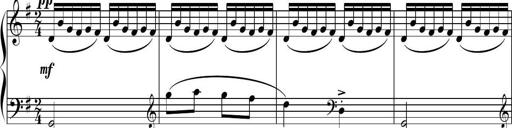
Title: Sonatine basque
Composer: Louis Sauter